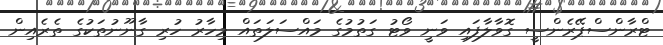
ޓްރާންސްޕޭރެންސީ ގޮވާލާފައި ވަނީ ވޯޓު ގަތުމުގެ މައްސަލަތައް މިހާރު ހުރި ގާނޫނުތަކުގެ ތެރެއިން